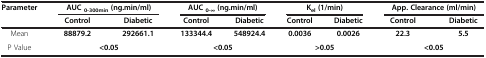
<table><thead><tr><td><b>Parameter</b></td><td colspan="2"><b>AUC <sub>0-300min </sub>(ng.min/ml)</b></td><td colspan="2"><b>AUC <sub>0-∞ </sub>(ng.min/ml)</b></td><td colspan="2"><b>K<sub>el </sub>(1/min)</b></td><td colspan="2"><b>App. Clearance (ml/min)</b></td></tr><tr><td><b> </b></td><td><b>Control</b></td><td><b>Diabetic</b></td><td><b>Control</b></td><td><b>Diabetic</b></td><td><b>Control</b></td><td><b>Diabetic</b></td><td><b>Control</b></td><td><b>Diabetic</b></td></tr></thead><tbody><tr><td>Mean</td><td><b>88879.2</b></td><td><b>292661.1</b></td><td><b>133344.4</b></td><td><b>548924.4</b></td><td><b>0.0036</b></td><td><b>0.0026</b></td><td><b>22.3</b></td><td><b>5.5</b></td></tr><tr><td>P Value</td><td colspan="2"><b>&lt;0.05</b></td><td colspan="2"><b>&lt;0.05</b></td><td colspan="2"><b>&gt;0.05</b></td><td colspan="2"><b>&lt;0.05</b></td></tr></tbody></table>